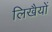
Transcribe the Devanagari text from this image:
लिखैयों